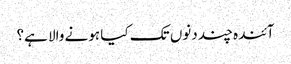
آئندہ چند دنوں تک کیا ہونے والا ہے؟